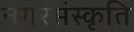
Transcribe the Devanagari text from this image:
नगरसंस्कृति